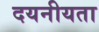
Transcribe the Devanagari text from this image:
दयनीयता